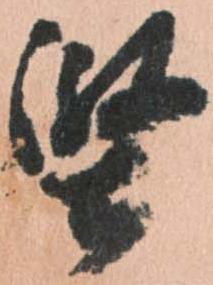
堅